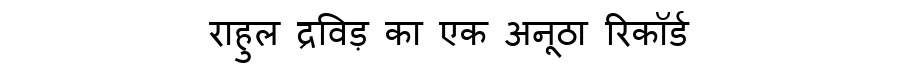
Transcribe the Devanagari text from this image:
राहुल द्रविड़ का एक अनूठा रिकॉर्ड